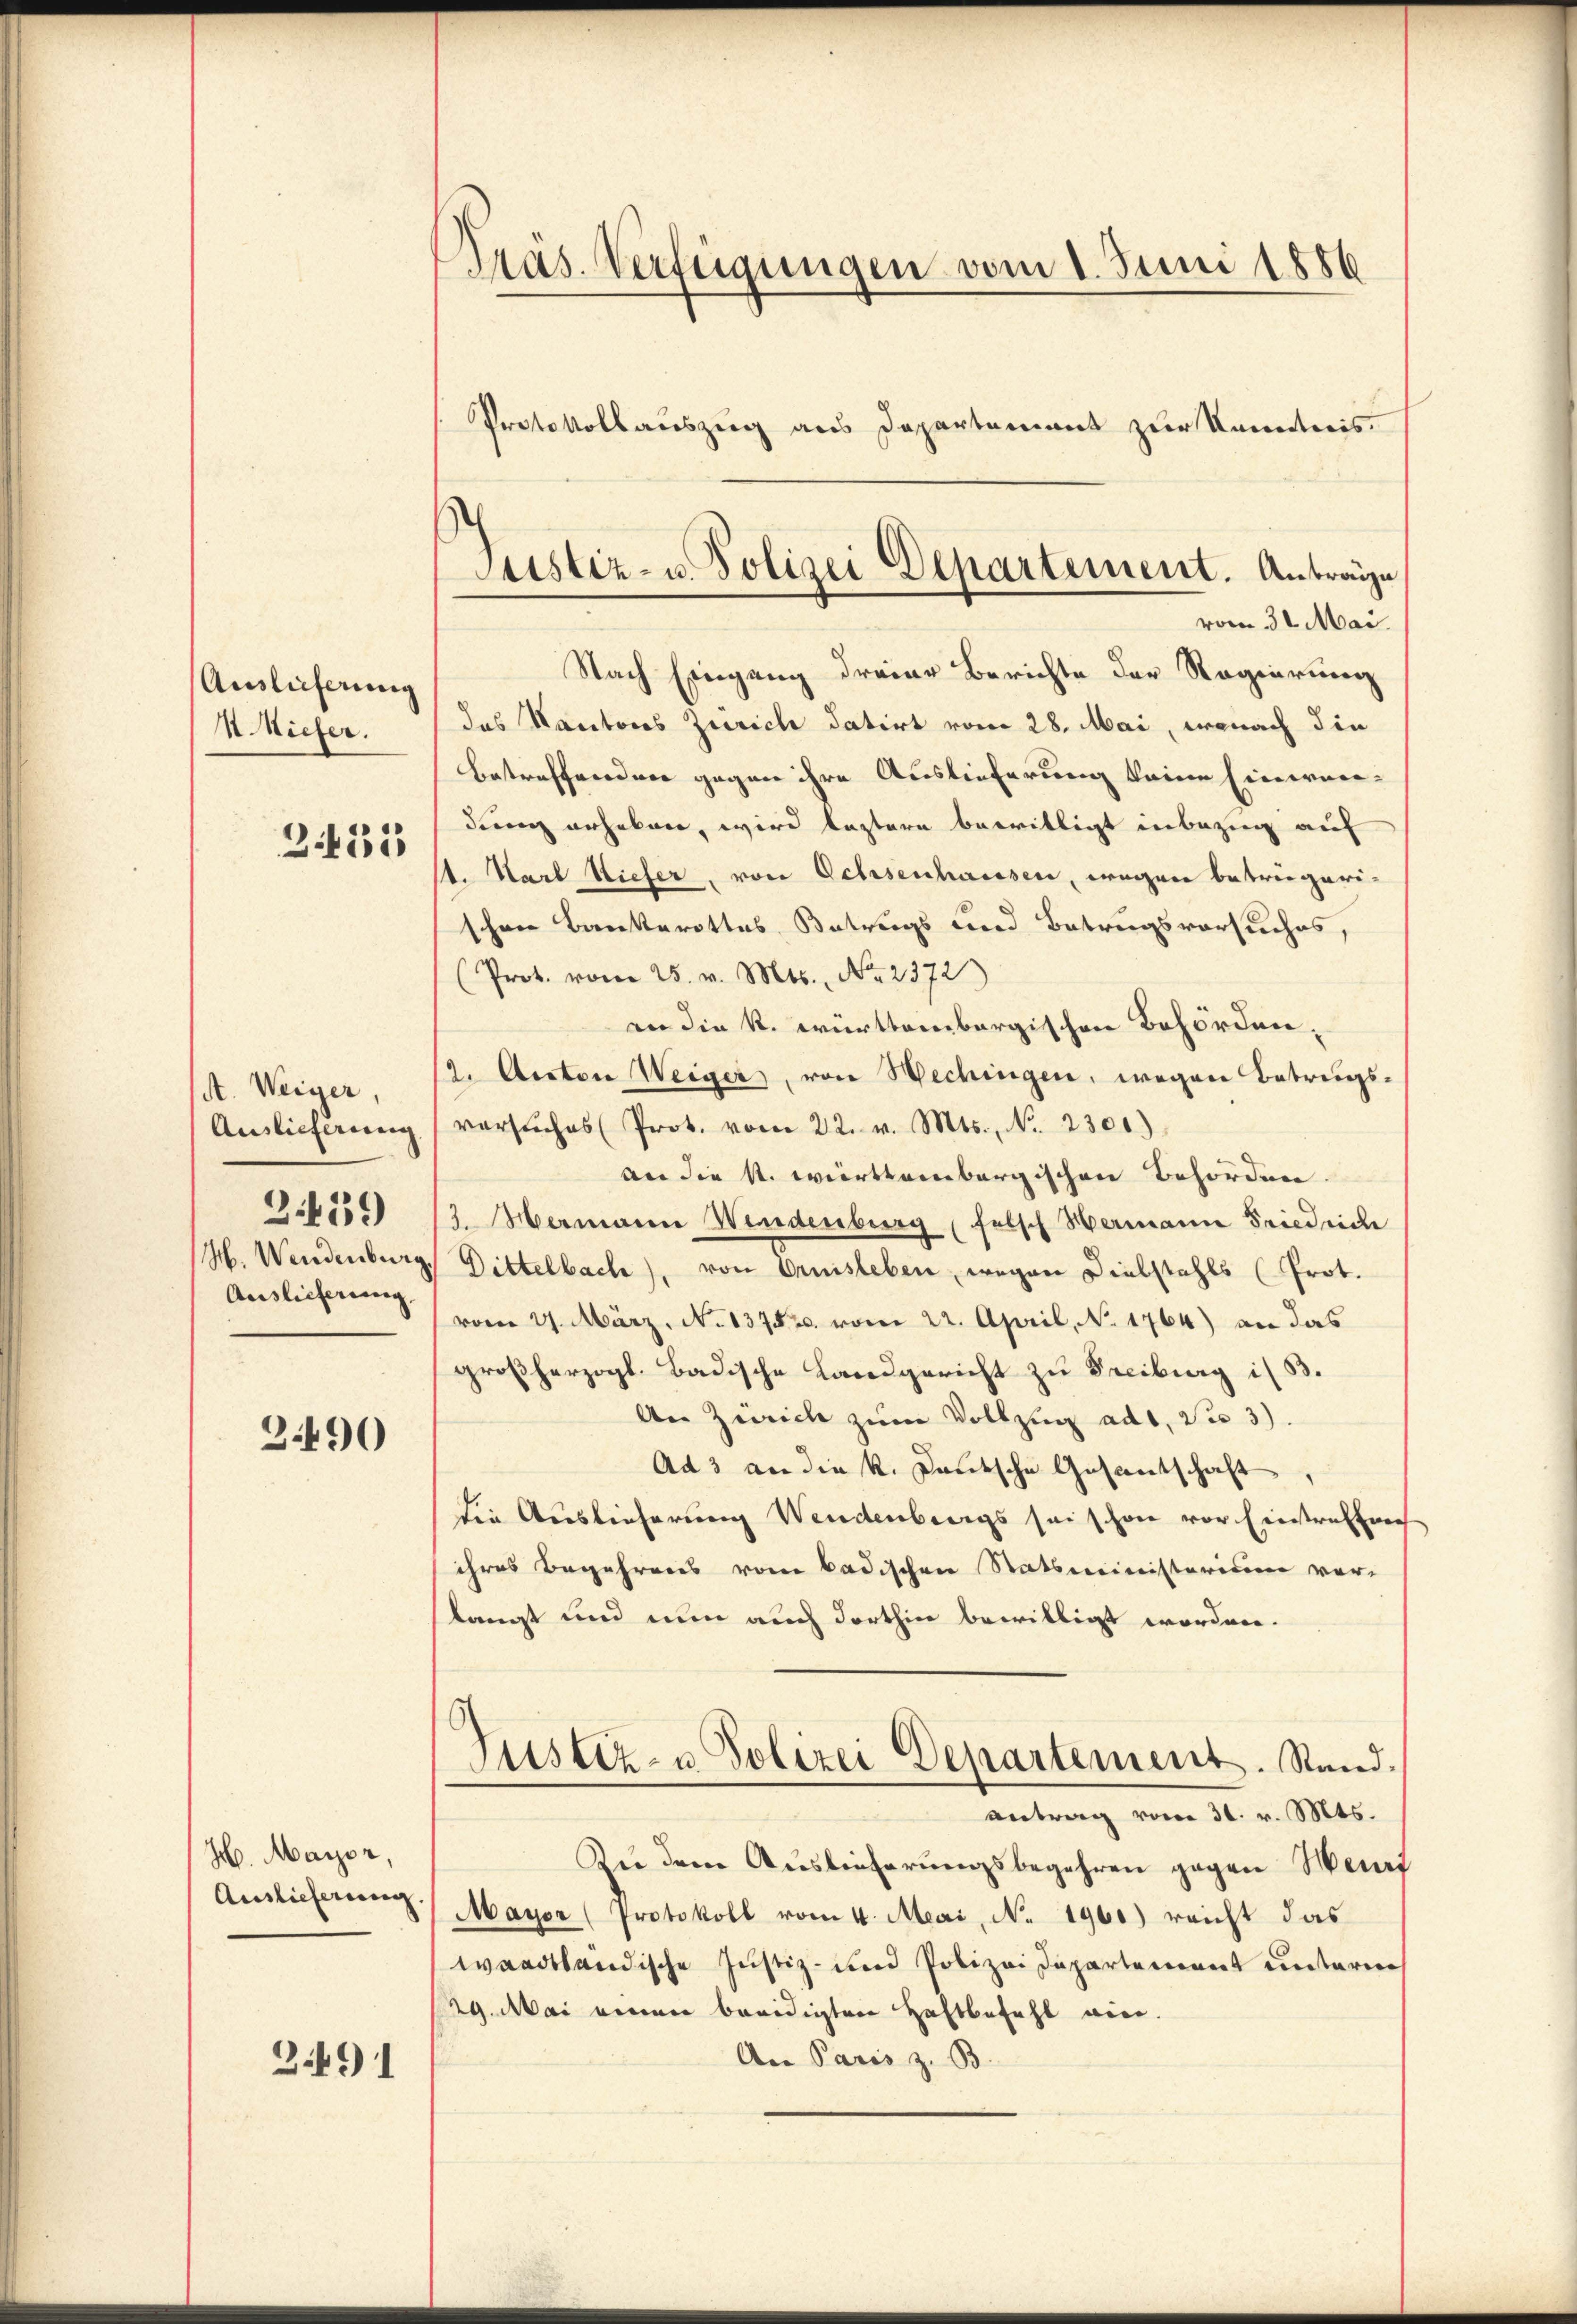
Auslieferung
1 Kiefer.
235

A. Weiger,
Auslieferung
H. Wendenburg
Auslieferung,

2439)

3490

Jb. Mayer,
Auslieferung

2491

Präs. Verfügungen vom 1. Juni 1886
Protokollauszug aus Departement zur Kenntnis.

das Kantons Zürich datirt vom 28. Mai, wonach die
Betreffend vor gegen ihre Auslieferung keine Einerner-
dung erheben, wird lastere bewilligt inbezug auf
st. Karl Vieler, von Ochsenhausen, wegen betrügeri-
schen Bankerottes Betrugs und Betragsvorsuches,
Prot. vom 25. v. Mts., Nr. 2372)
an die k. württembergischen Behörden.
(2. Auctor Weiger, von Wechingen, wegen Betrugsversŭches Prot. vom 22. v. Mts., No. 2301)
an die k. württembergischen Behörden.
3. Mamann Wiedenburg (felsch Hermann Friedrice
 Dittelbach), von Omnisleben, wegen Diebstahls (Prot.
vom 21. März, N. 1375. s. vom 22. April, No 1764) an das
großherzogl. Badische Landgericht zu Freiburg i/B.
An Zürich zum Vollzug ad 1. Sie 3).
Ad 3 an die k. Kautsche Gesantschaft
die Auslieferung Wendenbergs sei schon vor Eintreffen
ihres Begehrens vom badischen Statsministerium vor-
langt und nun auch dorthin bewilligt worden.
Justiz- u Polizei Departement. Stand.
antrag vom 31. v. Mts.
Zu dem Auslieferungsbegehren gegen Wert
Mayer (Protokoll vom 4. Mai, No. 1960) reicht das
waadtländische Justiz- und Polizei Departement unterm
29. Mai einen beeidigten Haftbefehl vier.
An Paris z. B.

Justiz- u. Polizei Departement. Antrage
vom 30. Mai.
Nach Eingang dreier Berichte der Regierung